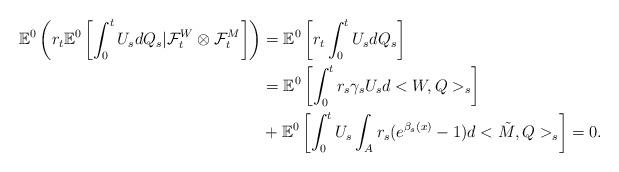
LaTeX: \begin{align*} \mathbb{E}^{0}\left( r_{t}\mathbb{E}^{0}\left[\int_{0}^{t}U_{s}dQ_{s}|\mathcal{F}_t^{W}\otimes\mathcal{F}_t^M\right]\right)&= \mathbb{E}^{0}\left[r_{t}\int_{0}^{t}U_{s}dQ_{s}\right] \\ & = \mathbb{E}^{0}\left[\int_{0}^{t}r_{s}\gamma_{s}U_{s}d<W,Q>_{s}\right]\\ &+ \mathbb{E}^{0}\left[\int_{0}^{t}U_{s}\int_{A}r_{s}(e^{\beta_{s}(x)}-1)d<\tilde{M},Q>_{s}\right]= 0 .\end{align*}